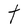
Character: t